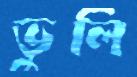
ভুলি